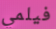
فيلمي